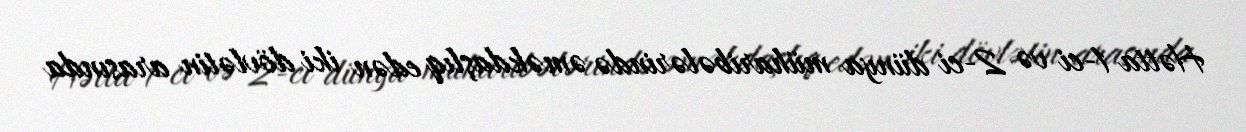
Hətta 1-ci və 2-ci dünya müharibələrində əməkdaşlıq edən iki dövlətin arasında